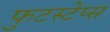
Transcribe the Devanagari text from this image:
फुटस्टेप्स